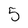
Character: 5